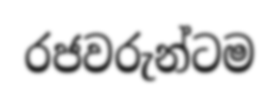
රජවරුන්ටම